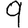
Digit: 9